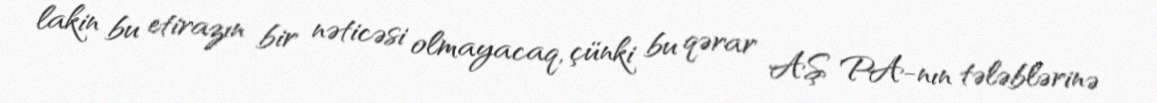
lakin bu etirazın bir nəticəsi olmayacaq, çünki bu qərar AŞ PA-nın tələblərinə